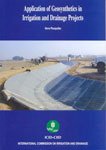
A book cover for Application of Geosynthetics in Irrigation and Drainage Projects; Science & Math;